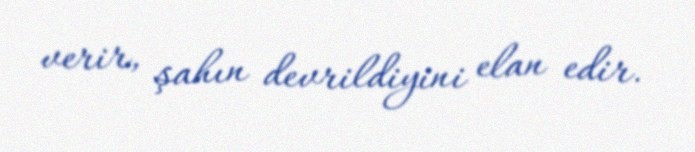
verir, şahın devrildiyini elan edir.